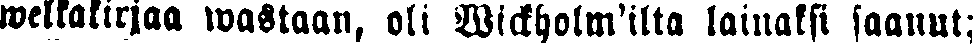
welkakirjaa wastaan, oli Wickholm'ilta lainaksi saanut;